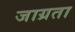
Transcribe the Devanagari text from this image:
जाग्रता